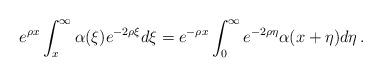
LaTeX: \begin{align*}e^{\rho x}\int_x^\infty \alpha(\xi)e^{-2\rho \xi }d\xi=e^{-\rho x}\int_0^\infty e^{-2\rho \eta}\alpha(x+\eta)d\eta\,.\end{align*}